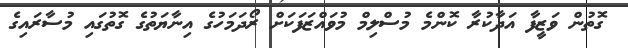
ގޮތުން ވަޒީފާ އަދާކުރާ ކޮންމެ މުސްލިމް މުވައްޒަފަކަށް ރޯދަމަހުގެ އިނާޔަތުގެ ގޮތުގައި މުސާރައިގެ